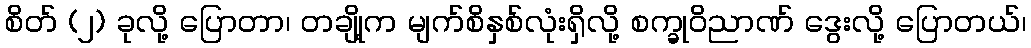
စိတ် (၂) ခုလို့ ပြောတာ၊ တချို့က မျက်စိနှစ်လုံးရှိလို့ စက္ခုဝိညာဏ် ဒွေးလို့ ပြောတယ်၊